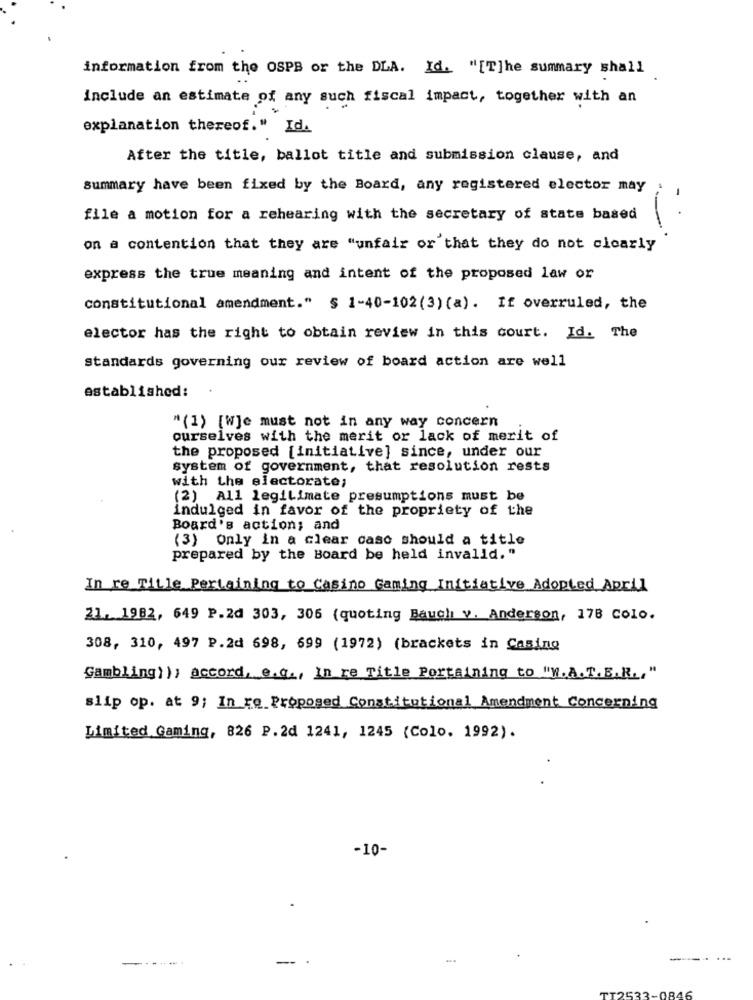
information from the OSPB or the DLA. Id. "[T]he summary shall
include an estimate of any such fiscal impact, together with an
explanation thereof." Id.
After the title, ballot title and submission clause, and
-
summary have been fixed by the Board, any registered elector may
file a motion for a rehearing with the secretary of state based
on a contention that they are "unfair or that they do not clearly
express the true meaning and intent of the proposed law or
constitutional amendment." § 1-40-102(3) (a). If overruled, the
elector has the right to obtain review in this court. Id. The
standards governing our review of board action are well
established:
" (1) [Wje must not in any way concern
ourselves with the merit or lack of merit of
the proposed [initiative] since, under our
system of government, that resolution rests
with the electorate;
(2) All legitimate presumptions must be
indulged in favor of the propriety of the
Board's action; and
(3) Only in a clear caso should a title
prepared by the Board be held invalld."
In re Title Pertaining to Casino Gaming Initiative Adopted April
21. 1982, 649 P.2d 303, 306 (quoting Bauch v. Anderson, 178 Colo.
308, 310, 497 P.2d 698, 699 (1972) (brackets in Casing
Gambling}); accord, e.q ., In re Title Portaining to "M.A.T.E.R ., "
slip op. at 9; In re Proposed Constitutional Amendment Concerning
Limited Gaming, 826 P.2d 1241, 1245 (Colo. 1992).
-10-
-----.
-
...
...